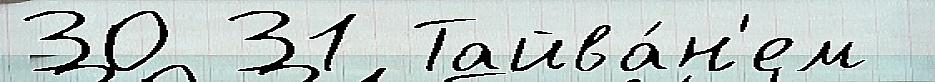
30 31 Тайва́н'ем